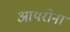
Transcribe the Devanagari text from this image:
आयरोना